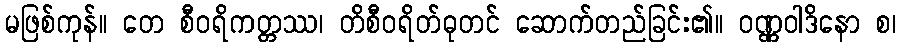
မဖြစ်ကုန်။ တေ စီဝရိကတ္တဿ၊ တိစီဝရိတ်ဓုတင် ဆောက်တည်ခြင်း၏။ ဝဏ္ဏဝါဒိနော စ၊